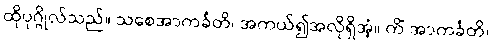
ထိုပုဂ္ဂိုလ်သည်။ သစေအာကင်္ခတိ၊ အကယ်၍အလိုရှိအံ့။ ကိံ အာကင်္ခတိ၊